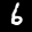
Label: 6